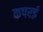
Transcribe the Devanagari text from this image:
कपरई